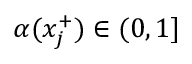
\alpha ( x _ { j } ^ { + } ) \in ( 0 , 1 ]